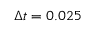
\Delta t = 0 . 0 2 5